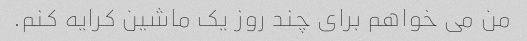
من می خواهم برای چند روز یک ماشین کرایه کنم.